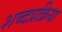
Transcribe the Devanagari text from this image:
शब्दप्रक्रिया